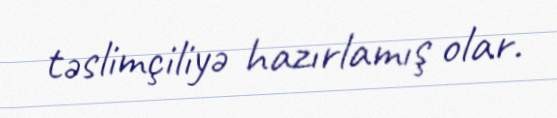
təslimçiliyə hazırlamış olar.